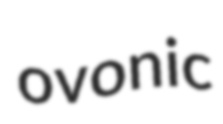
ovonic